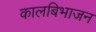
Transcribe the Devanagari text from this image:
कालबिभाजन